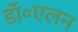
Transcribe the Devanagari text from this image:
डॉ॰एलन